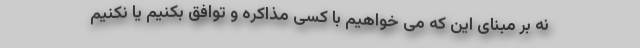
نه بر مبنای این که می خواهیم با کسی مذاکره و توافق بکنیم یا نکنیم